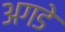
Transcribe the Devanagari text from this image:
अगडे